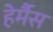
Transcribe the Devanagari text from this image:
हेर्मैस